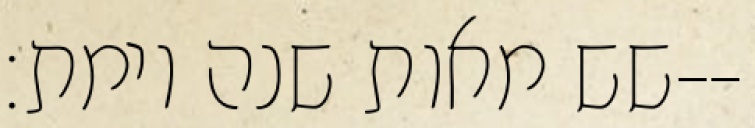
שש מאות שנה וימת׃--